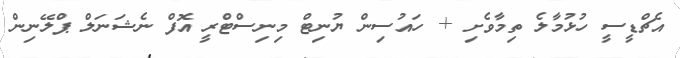
އެޗްޑީސީ ހުޅުމާލެ ތިމާވެށި + ހައުސިން ޔުނިޓް މިނިސްޓްރީ އޮފް ނެޝަނަލް ޕްލޭނިން